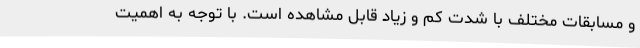
و مسابقات مختلف با شدت کم و زیاد قابل مشاهده است. با توجه به اهمیت